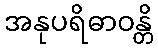
အနုပရိဓာဝန္တိ